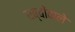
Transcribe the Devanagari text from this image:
धब्बोंवाले